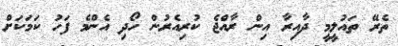
ތެރޭ ތައުލީމީ ދާއިރާ އިން ރާއްޖެ ކުރިއެރުން ހޯދި އެންމެ ފަހު ކަމަކަށް